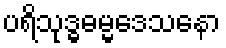
ပရိသုဒ္ဓဓမ္မဒေသနော